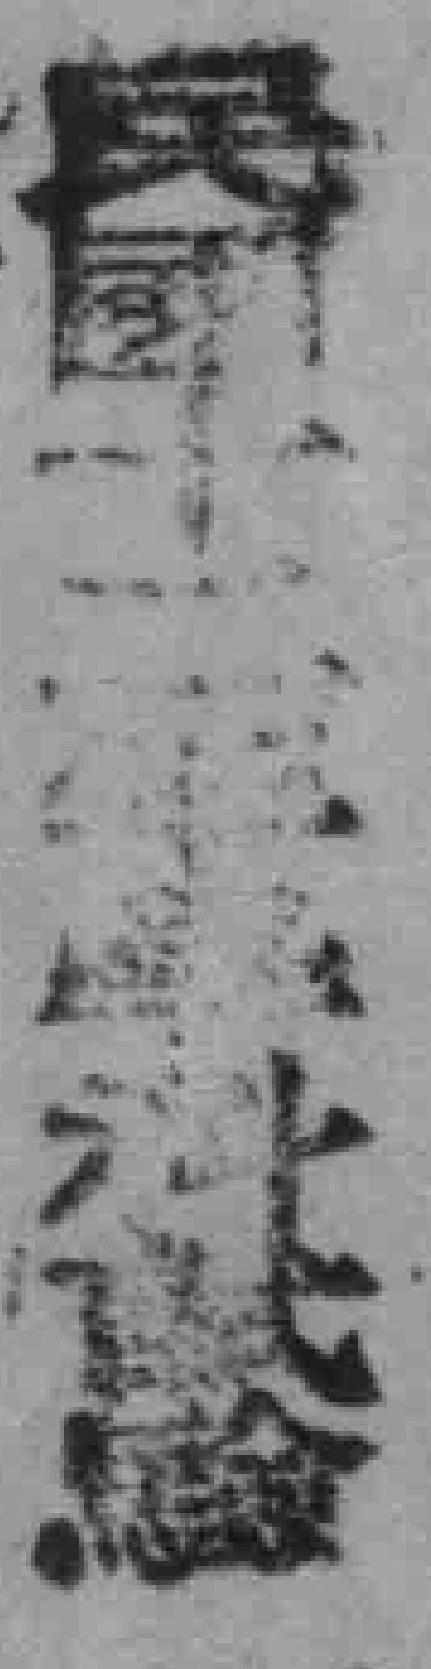
民國十二年*科試験